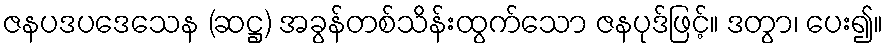
ဇနပဒပဒေသေန (ဆဋ္ဌ) အခွန်တစ်သိန်းထွက်သော ဇနပုဒ်ဖြင့်။ ဒတွာ၊ ပေး၍။